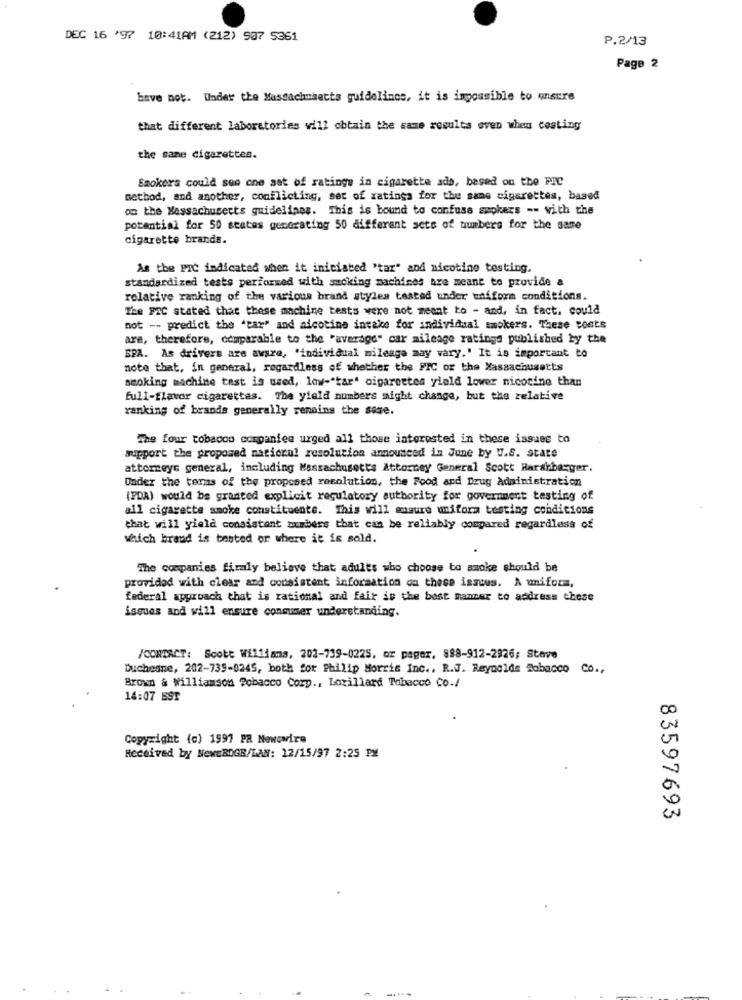
DEC 16 '97 10:41AM (212) 987 5361
P.2/13
Page 2
have not. Under the Massachusetts guidelines, it is impossible to ensure
that different laboratories will obtain the same resulta even when costing
the same cigarettes.
Smokers could see one aat of ratings in cigarette ads, based on the PIC
method, and another, conflicting, set of ratings for the same cigarettes, based
on the Massachusetts guidelines. This is bound to confuse smokers -- with the
potential for 50 states generating 50 different sets of numbers for the same
cigarette brands.
As the PIC indicated when it iniciated 'tar" and nicotine testing,
standardized tests performed with moking machines are meant to provide a
relative ranking of the various brand styles tasted under uniform conditions.
The FIC stated that these machine tests were not meant to - and, in fact. could
not -- predict the "tar" and nicotine intake for individual smokers. These conts
are, therefore, comparable to the "average" car mileage ratings published by the
SPA. As drivers are aware, "individual mileage may vary." It is important to
note that, in general, regardless of whether the FIC or the Massachusetts
smoking machine test is used, low-"tar' cigarettes yield lower nicotine than
full-flavor cigarettes. The yield numbers might change, but the relative
ranking of brands generally remains the same.
The four tobacco comganiem urged all those interested in these issues to
support the proposed national resolution announced in June by U.S. state
attorney general, including Massachusetts Attorney General Scott Harshbarger.
Under the tens of the proposed resolution, the Food and Drug Administration
(PDA) would be granted explicit regulatory authority for government testing of
all cigarette smoke constituente. This will ensure uniform testing conditions
that will yield consistant mumbers that can be reliably compared regardless of
which brand is bested or where it is sold.
The companies firmly believe that adults who choose to smoke should be
provided with clear and consistent information on these ismous. A uniform,
federal approach that is rational and fair is the best manner to address those
issues and will ensure consumer understanding.
/CONTACT: Scott Williams, 202-739-0225, or paper, 888-912-2926; Stave
Duchesne, 202-739-0245, both for Philip Morris Inc ., R.J. Reynolds Tabacco Co .,
Brown & Williamson Tobacco Corp ., Lorillard Tobacco Co./
14:07 EST
Copyright (c) 1997 PR Newswire
Received by NewERDGB/LAN: 12/15/97 2:25 PM
83597693